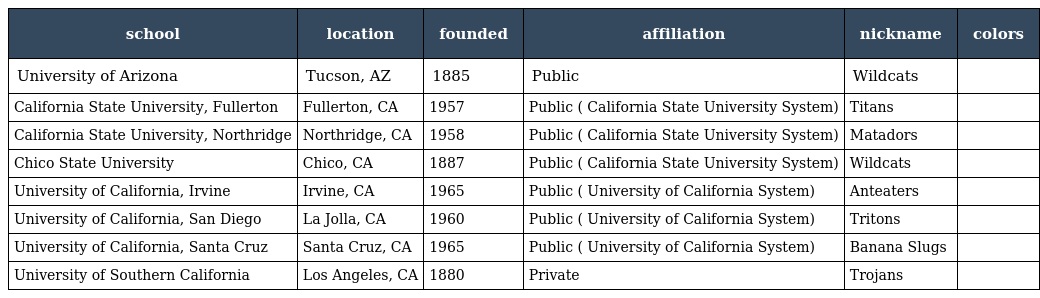
| school | location | founded | affiliation | nickname | colors |
 | --- | --- | --- | --- | --- | --- |
 | University of Arizona | Tucson, AZ | 1885 | Public | Wildcats |  |
 | California State University, Fullerton | Fullerton, CA | 1957 | Public ( California State University System) | Titans |  |
 | California State University, Northridge | Northridge, CA | 1958 | Public ( California State University System) | Matadors |  |
 | Chico State University | Chico, CA | 1887 | Public ( California State University System) | Wildcats |  |
 | University of California, Irvine | Irvine, CA | 1965 | Public ( University of California System) | Anteaters |  |
 | University of California, San Diego | La Jolla, CA | 1960 | Public ( University of California System) | Tritons |  |
 | University of California, Santa Cruz | Santa Cruz, CA | 1965 | Public ( University of California System) | Banana Slugs |  |
 | University of Southern California | Los Angeles, CA | 1880 | Private | Trojans |  |